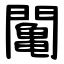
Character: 䦰